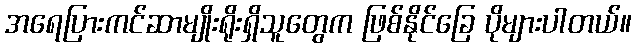
အရေပြားကင်ဆာမျိုးရိုးရှိသူတွေက ဖြစ်နိုင်ခြေ ပိုများပါတယ်။